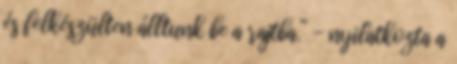
és felkészülten álltunk be a rajtba.” - nyilatkozta a